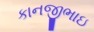
કાનજીભાઇ